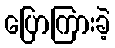
ပြောကြားခဲ့